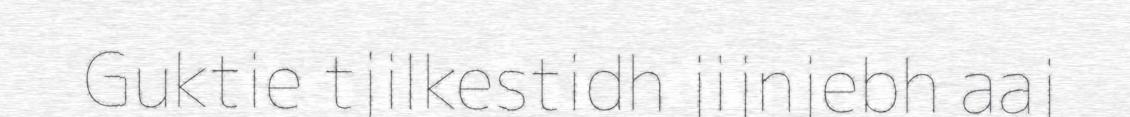
Guktie tjilkestidh jijnjebh aaj